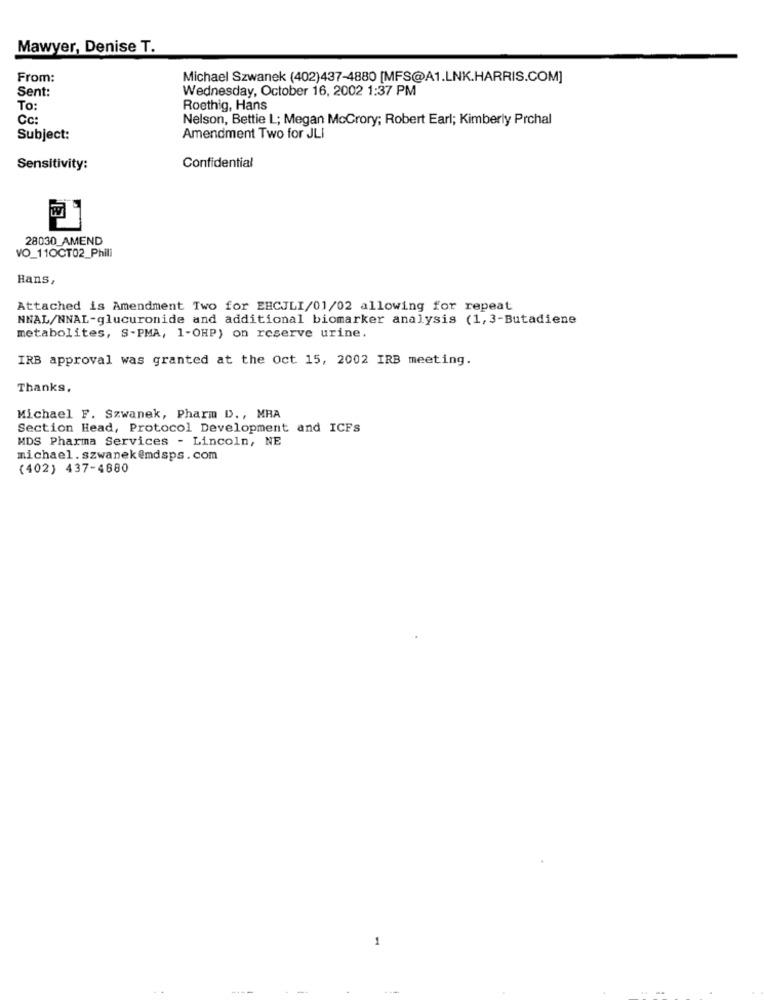
Mawyer, Denise T.
From:
Michael Szwanek (402)437-4880 [MFS@A1.LNK.HARRIS.COM]
Sent:
Wednesday, October 16, 2002 1:37 PM
To:
Roethig, Hans
Cc:
Nelson, Bettie L; Megan McCrory; Robert Earl; Kimberly Prchal
Subject:
Amendment Two for JLI
Sensitivity:
Confidential
28030_AMEND
VO_11OCT02_Philli
Hans,
Attached is Amendment Two for EBCJLI/01/02 allowing for repeat
NNAL/NNAL-glucuronide and additional biomarker analysis (1,3-Butadiene
metabolites, S-PMA, 1-OHP) on reserve urine.
IRB approval was granted at the Oct 15, 2002 IRB meeting.
Thanks,
Michael F. Szwanek, Pharm D ., MRA
Section Head, Protocol Development and ICFs
MDS Pharma Services - Lincoln, NE
michael. szwanek@mdsps.com
(402) 437-4880
1